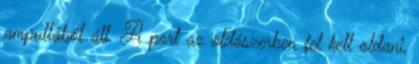
ampullából áll. A port az oldószerben fel kell oldani,